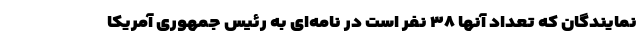
نمایندگان که تعداد آنها ۳۸ نفر است در نامه‌ای به رئیس جمهوری آمریکا